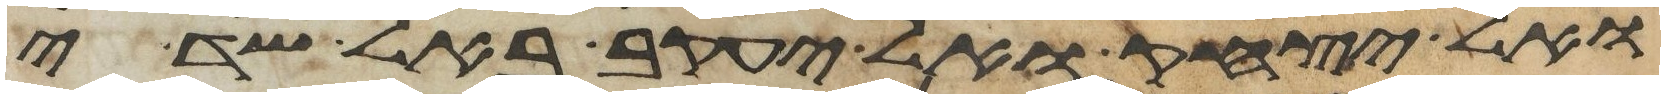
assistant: ואל יצחק ואל יעקב באל שדי